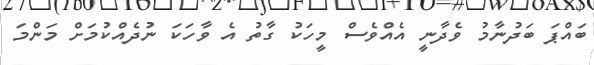
ބައްޕަ ބަދުނާމު ވެދާނީ އެއްވެސް މީހަކު ގާތު އެ ވާހަކަ ނުދެއްކުމަށް މަންމަ